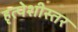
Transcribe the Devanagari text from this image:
हृत्पेशीस्तर